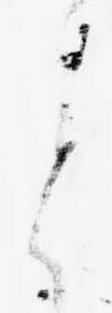
と